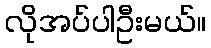
လိုအပ်ပါဦးမယ်။